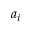
a _ { i }